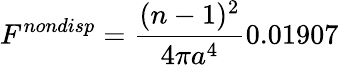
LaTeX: F^{nondisp}=\frac{(n-1)^{2}}{4\pi a^{4}}0.01907